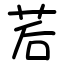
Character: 茩